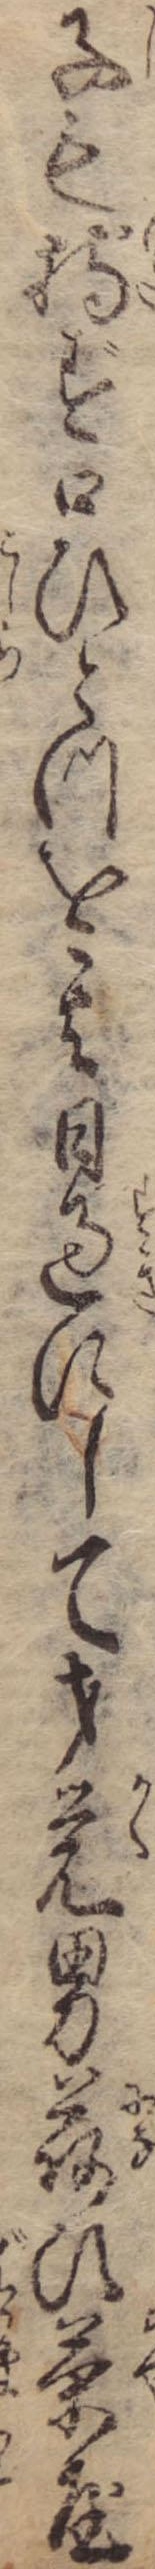
子も持ず口ひとつを其日過にして才覚男荷ひ茶屋